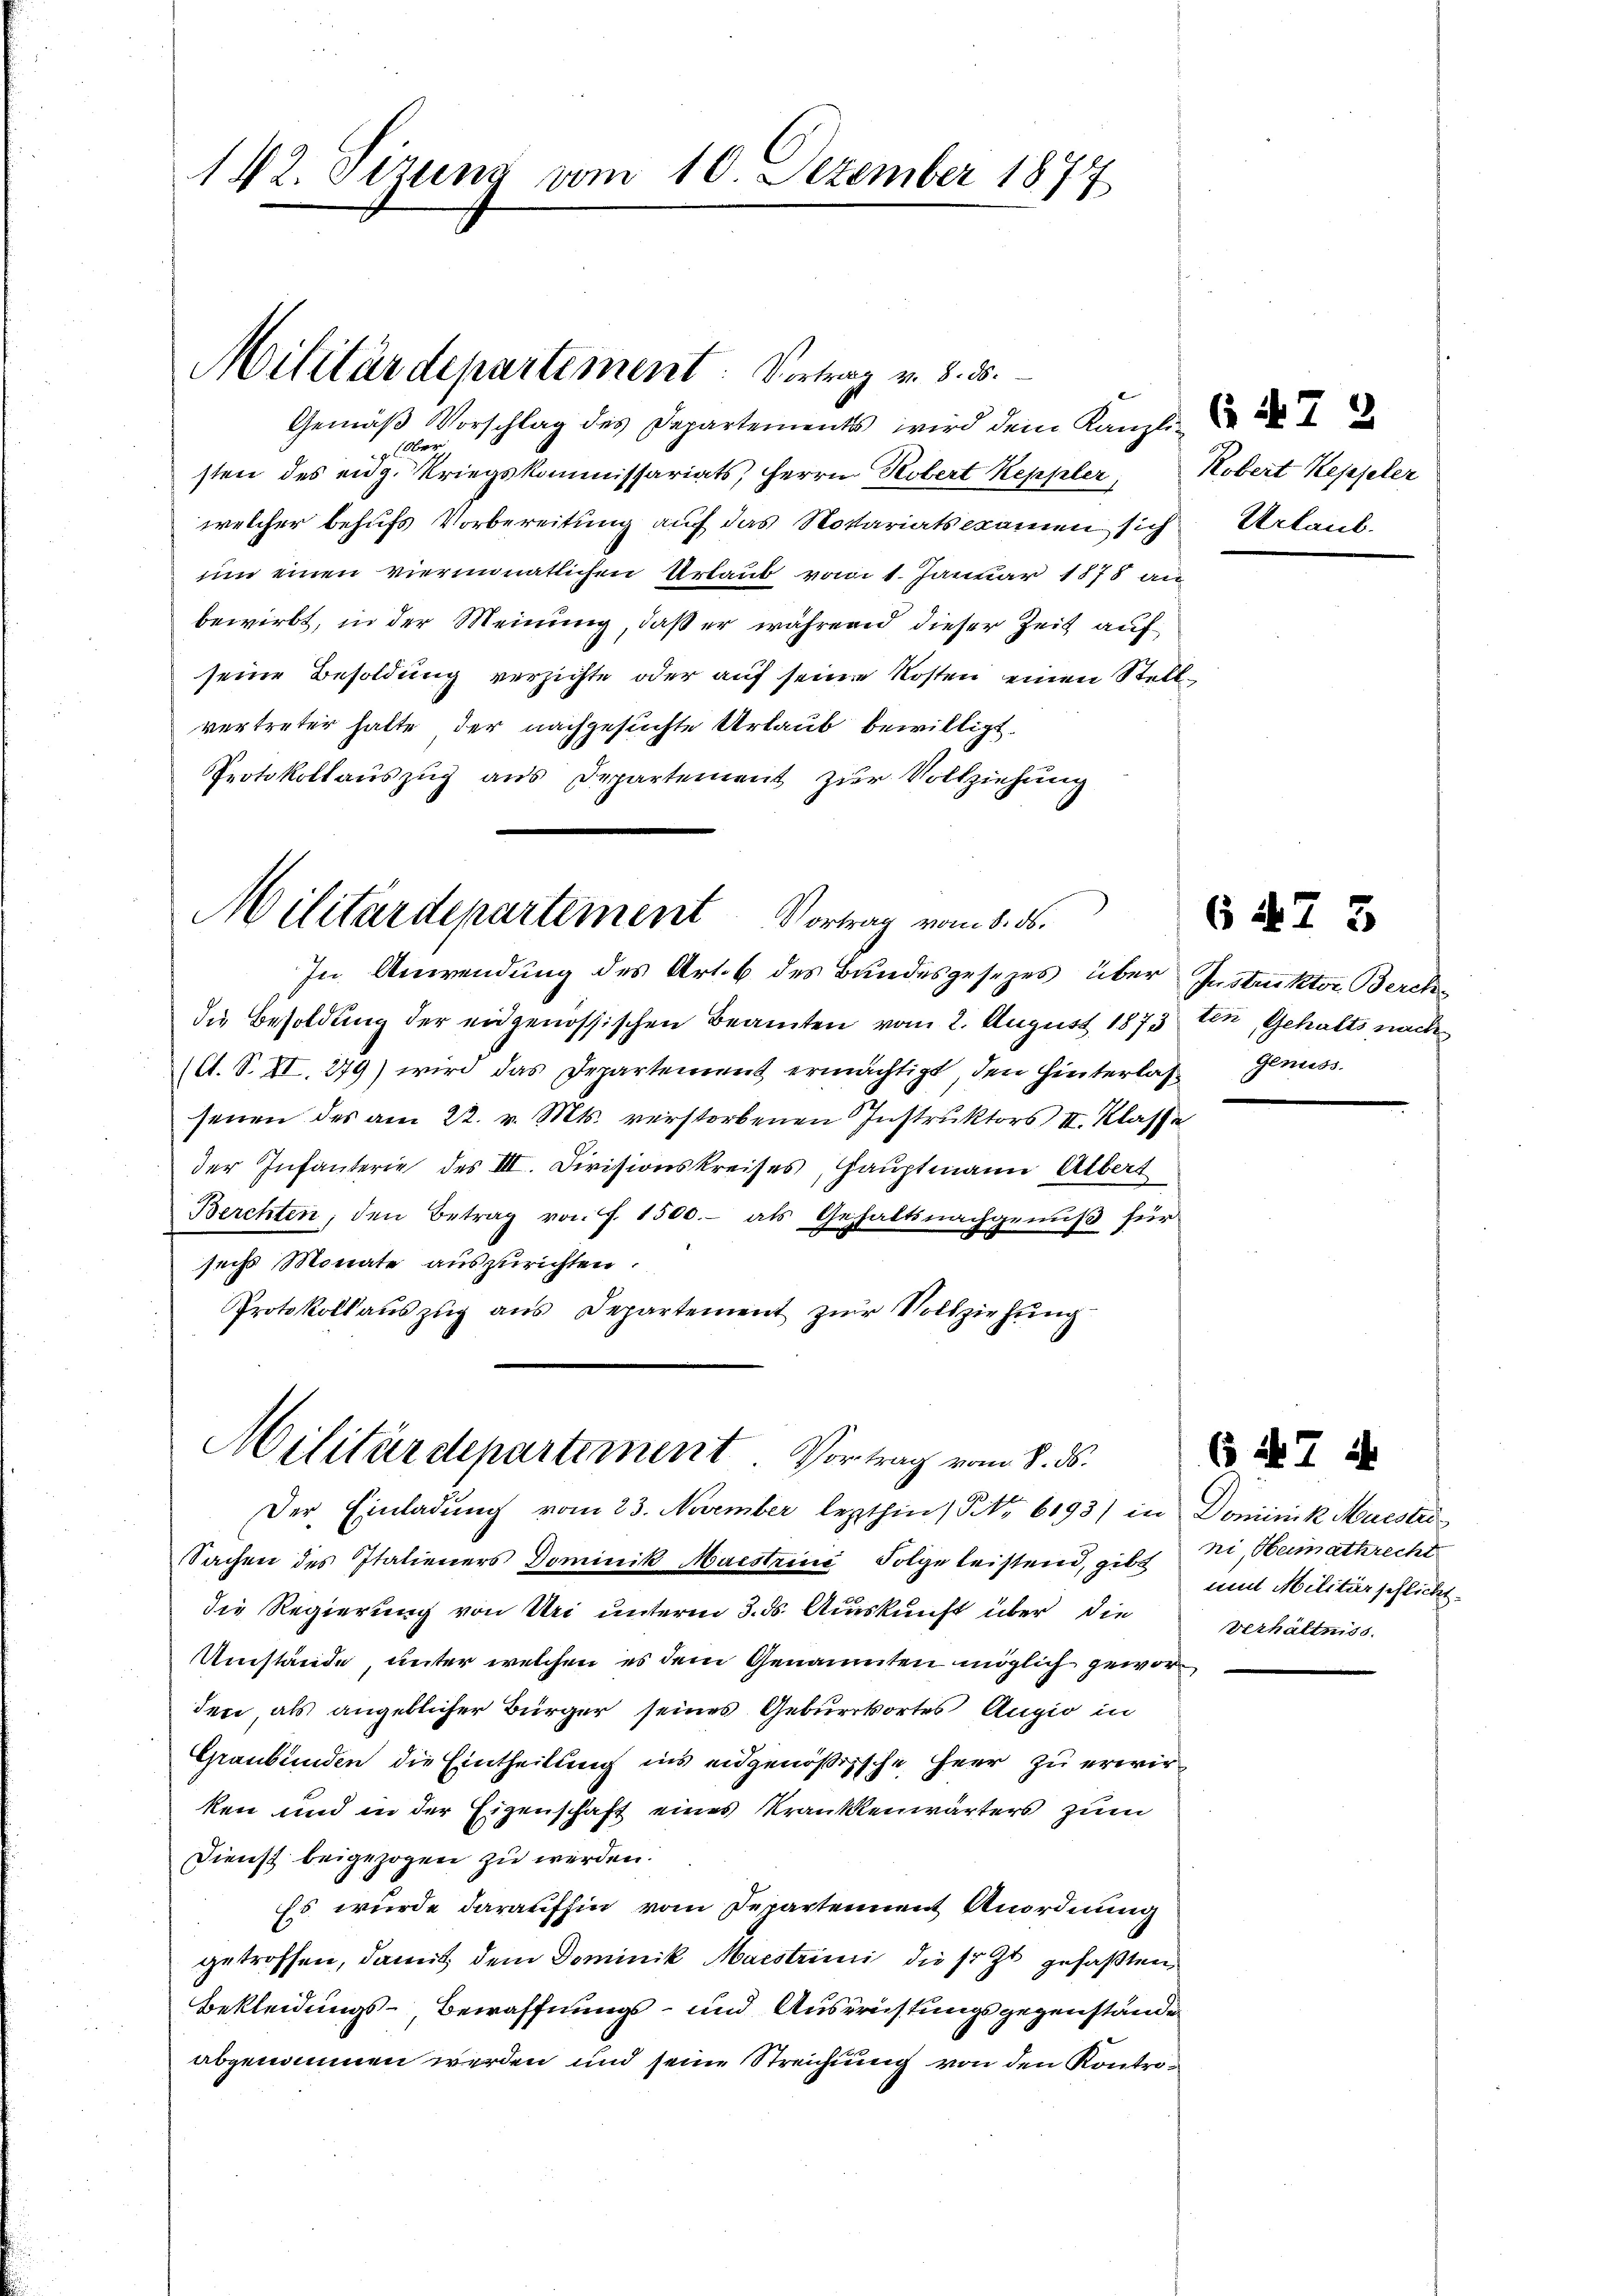
142. Etzung vom 10. Dezember 1877

Militärdepartement: Vortrag v. 8. 25.

Gemäß Vorschlag des Departements wird dem Kanzli
Ober
sten des eidg. Kriegskommissariats, Herrn Robert Keppler, Kobert Kepfeler
welcher behufs Vorbereitung auf das Notariatskamen sich Urlaub
uum einen viermonatlichen Urlaub vom 1. Januar 1878 an
bewirbt, in der Meinung, daß er während dieser Zeit auf
seine Besoldung verzichte oder auf seine Kosten einen Stellvertreter hatte, der nachgesuchte Urlaub bewilligt.
Protokollauszug aus Departement zur Vollziehung

Militärdepartement Vortrag vom 8. ds.
In Anwendung des Art. 6 des Bundesgesezes über Instruktor Berch

die Besoldung der eidgenössischen Beamten vom 2. August 1873 ten, Gehalts nach
(lt. S. XI. 279) wird das Departement ermächtigt, den Hinterlaß genuss
senen des am 22. v. Mts. verstorbenen Instruktors II. Klasse
der Infanterie des III. Divisionskreises, Hauptmann Albert
Berchten den Betrag von f. 1500.- als Gehaltsnachgenuß für
sechs Monate auszurichten.
Protokoll aŭszŭg ans Departement zŭr Vollziehŭng

Militärdepartement. Vortrag vom 8. ds.

Der Einladung vom 23. November lezthin Nr. 6193) in Dominik Muestei
Sachen des Italieners Dominik Muesteine Folge leistend, gibt ni, Heimathrecht
die Regierung von Uri unterm 3. ds. Auskunft über die
Umstände, unter welchen es dem Genannten möglich geworden, als angeblicher Bürger seines Geburrkortes Augio in
Graubünden die Eintheilung ins eidgenößische Herr zu erwirken und in der Eigenschaft eines Krankenwärters zum
Dienst beigezogen zu werden.
Es wurde daraufhin vom Departennent Anordnung
getroffen, damit dem Dominik Maestrini die so zu gefaßten,
Bekleidungs-Bewaffnungs- und Ausrichtungsgegenstände
abgenommen werden und seine Streichung von den Kontro¬

65

mit Militärschlickt.
Verhältniss.

( it 7 i

23